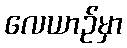
လေယာဉ်မှာ